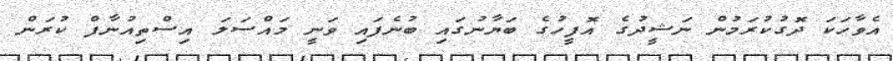
އެވާހަކަ ދޮގުކުރަމުން ނަޝީދުގެ އޮފީހުގެ ބަޔާނުގައި ބުނެފައި ވަނީ މައްސަލަ އިސްތިއުނާފް ކުރަން